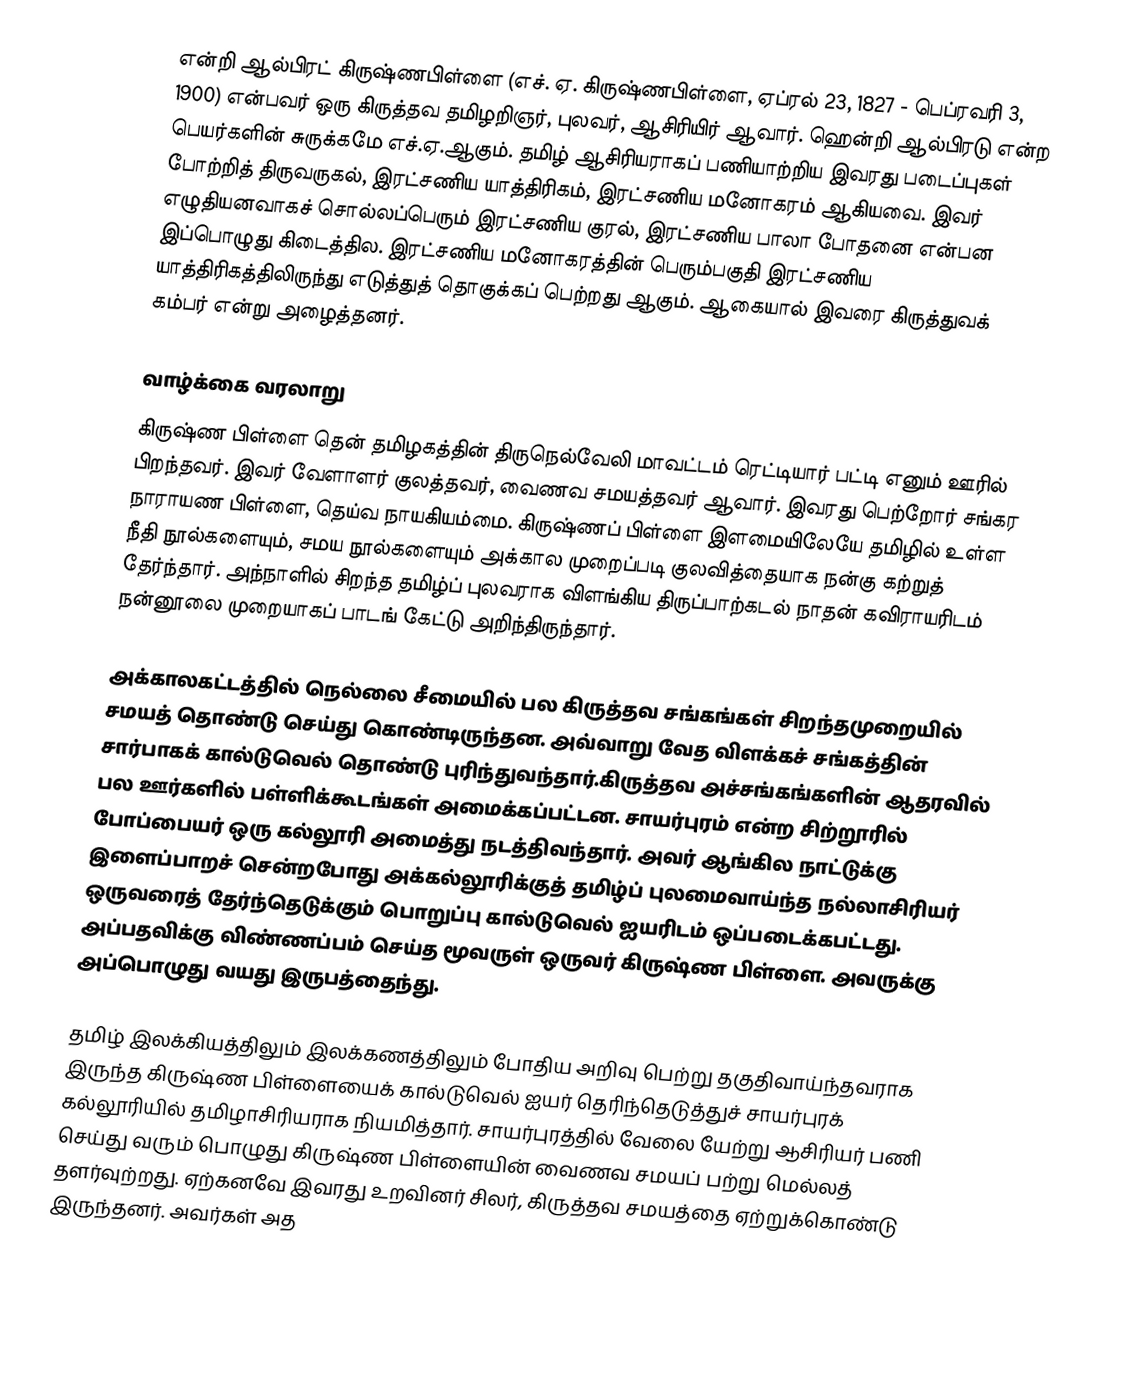
என்றி ஆல்பிரட் கிருஷ்ணபிள்ளை (எச். ஏ. கிருஷ்ணபிள்ளை, ஏப்ரல் 23, 1827 - பெப்ரவரி 3, 1900) என்பவர் ஒரு கிருத்தவ தமிழறிஞர், புலவர், ஆசிரியிர் ஆவார். ஹென்றி ஆல்பிரடு என்ற பெயர்களின் சுருக்கமே எச்.ஏ.ஆகும். தமிழ் ஆசிரியராகப் பணியாற்றிய இவரது படைப்புகள் போற்றித் திருவருகல், இரட்சணிய யாத்திரிகம், இரட்சணிய மனோகரம் ஆகியவை. இவர் எழுதியனவாகச் சொல்லப்பெரும் இரட்சணிய குரல், இரட்சணிய பாலா போதனை என்பன இப்பொழுது கிடைத்தில. இரட்சணிய மனோகரத்தின் பெரும்பகுதி இரட்சணிய யாத்திரிகத்திலிருந்து எடுத்துத் தொகுக்கப் பெற்றது ஆகும். ஆகையால் இவரை கிருத்துவக் கம்பர் என்று அழைத்தனர்.

வாழ்க்கை வரலாறு
கிருஷ்ண பிள்ளை தென் தமிழகத்தின் திருநெல்வேலி மாவட்டம் ரெட்டியார் பட்டி எனும் ஊரில் பிறந்தவர். இவர் வேளாளர் குலத்தவர், வைணவ சமயத்தவர் ஆவார். இவரது பெற்றோர்  சங்கர நாராயண பிள்ளை, தெய்வ நாயகியம்மை. கிருஷ்ணப் பிள்ளை இளமையிலேயே தமிழில் உள்ள நீதி நூல்களையும், சமய நூல்களையும் அக்கால முறைப்படி குலவித்தையாக நன்கு கற்றுத் தேர்ந்தார். அந்நாளில் சிறந்த தமிழ்ப் புலவராக விளங்கிய திருப்பாற்கடல் நாதன் கவிராயரிடம் நன்னூலை முறையாகப் பாடங் கேட்டு அறிந்திருந்தார்.

அக்காலகட்டத்தில் நெல்லை சீமையில் பல கிருத்தவ சங்கங்கள் சிறந்தமுறையில் சமயத் தொண்டு செய்து கொண்டிருந்தன. அவ்வாறு வேத விளக்கச் சங்கத்தின் சார்பாகக் கால்டுவெல்  தொண்டு புரிந்துவந்தார்.கிருத்தவ அச்சங்கங்களின் ஆதரவில் பல ஊர்களில் பள்ளிக்கூடங்கள் அமைக்கப்பட்டன. சாயர்புரம் என்ற சிற்றூரில் போப்பையர் ஒரு கல்லூரி அமைத்து நடத்திவந்தார். அவர் ஆங்கில நாட்டுக்கு இளைப்பாறச் சென்றபோது அக்கல்லூரிக்குத் தமிழ்ப் புலமைவாய்ந்த நல்லாசிரியர் ஒருவரைத் தேர்ந்தெடுக்கும் பொறுப்பு கால்டுவெல் ஐயரிடம் ஒப்படைக்கபட்டது. அப்பதவிக்கு விண்ணப்பம் செய்த மூவருள் ஒருவர் கிருஷ்ண பிள்ளை. அவருக்கு அப்பொழுது வயது இருபத்தைந்து.

தமிழ் இலக்கியத்திலும் இலக்கணத்திலும் போதிய அறிவு பெற்று தகுதிவாய்ந்தவராக இருந்த கிருஷ்ண பிள்ளையைக் கால்டுவெல் ஐயர் தெரிந்தெடுத்துச் சாயர்புரக் கல்லூரியில் தமிழாசிரியராக நியமித்தார். சாயர்புரத்தில் வேலை யேற்று ஆசிரியர் பணி செய்து வரும் பொழுது கிருஷ்ண பிள்ளையின் வைணவ சமயப் பற்று மெல்லத் தளர்வுற்றது. ஏற்கனவே இவரது உறவினர் சிலர், கிருத்தவ சமயத்தை ஏற்றுக்கொண்டு இருந்தனர். அவர்கள் அத